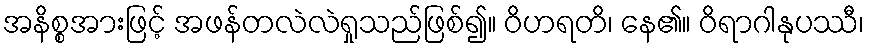
အနိစ္စအားဖြင့် အဖန်တလဲလဲရှုသည်ဖြစ်၍။ ဝိဟရတိ၊ နေ၏။ ဝိရာဂါနုပဿီ၊